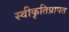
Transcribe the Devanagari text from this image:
स्वीकृतिप्रापत